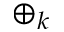
\oplus _ { k }